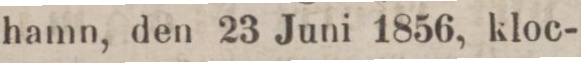
hamn, den 23 Juni 1856, kloc-